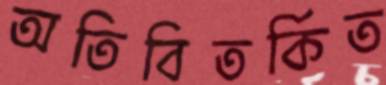
অতিবিতর্কিত